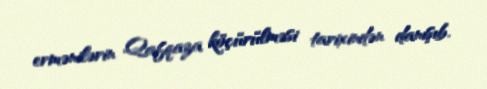
ermənilərin Qafqaza köçürülməsi tarixindən danışıb.